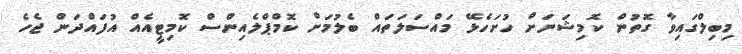
މިބިލްގައިވާ ގޮތުން ކޮމިޝަނަށް ހުށަހެޅޭ މައްސަލަތައް ބެލުމަށް ކޮމްޕްލެއިންސް ކޮމިޓީއެއް އުފައްދަން ޖެހެ